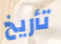
تأريخ